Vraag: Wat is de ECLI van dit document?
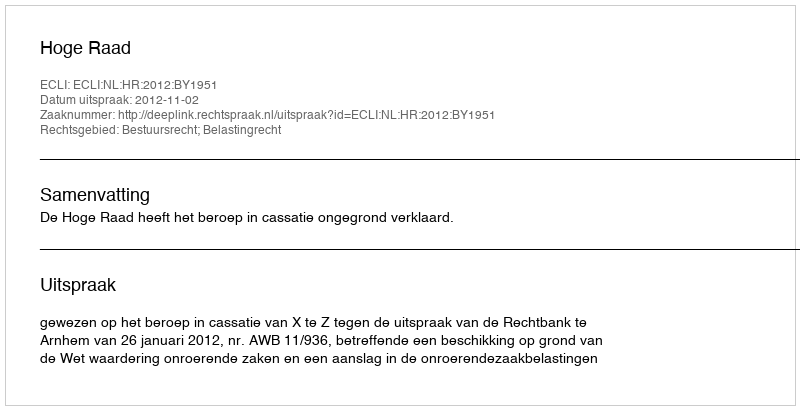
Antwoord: ECLI:NL:HR:2012:BY1951